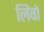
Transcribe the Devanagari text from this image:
लिवों